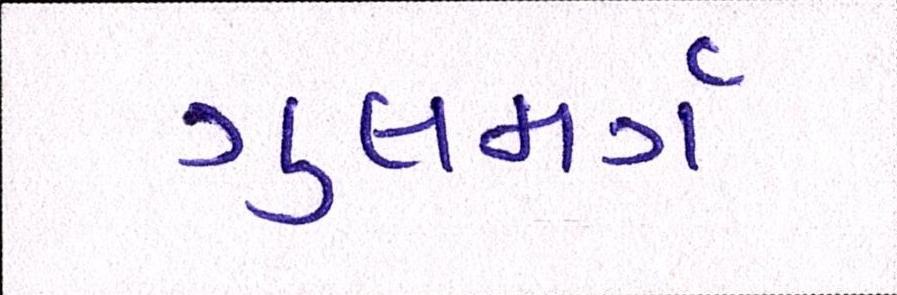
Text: ગુલમર્ગ